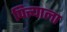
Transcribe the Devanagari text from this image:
पित्त्याला